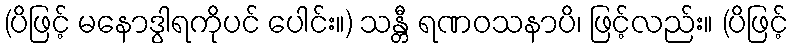
(ပိဖြင့် မနောဒွါရကိုပင် ပေါင်း။) သန္တီ ရဏဝသနာပိ၊ ဖြင့်လည်း။ (ပိဖြင့်